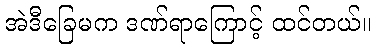
အဲဒီခြေမက ဒဏ်ရာကြောင့် ထင်တယ်။